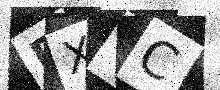
Text: PXGC